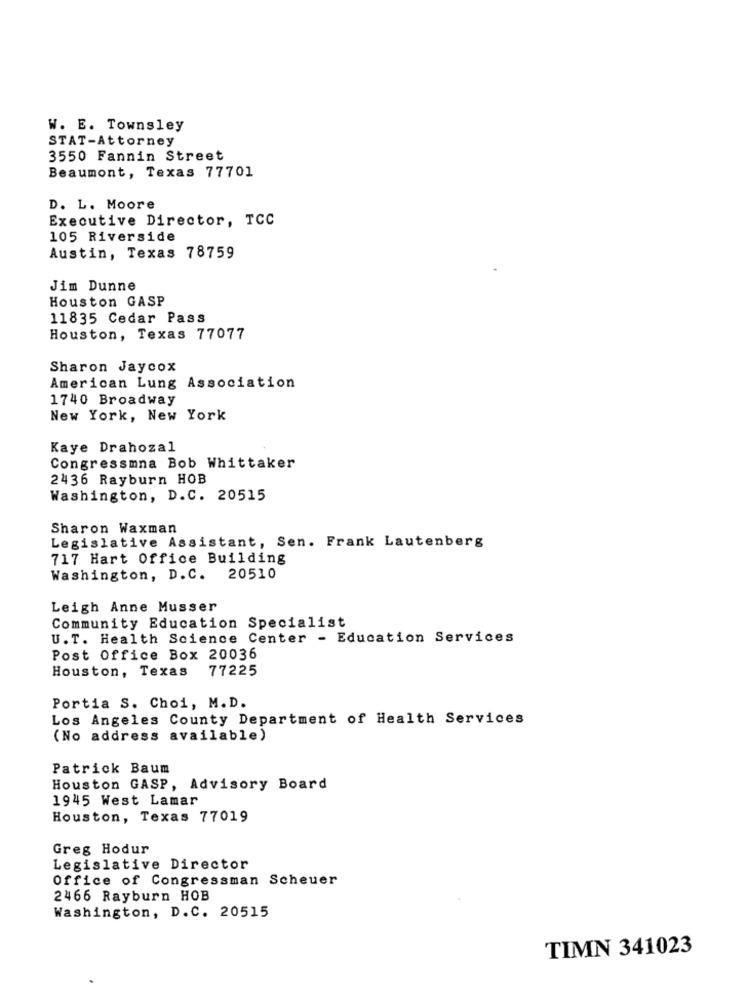
W. E. Townsley
STAT-Attorney
3550 Fannin Street
Beaumont, Texas 77701
D. L. Moore
Executive Director, TCC
105 Riverside
Austin, Texas 78759
Jim Dunne
Houston GASP
11835 Cedar Pass
Houston, Texas 77077
Sharon Jaycox
American Lung Association
1740 Broadway
New York, New York
Kaye Drahozal
Congressmna Bob Whittaker
2436 Rayburn HOB
Washington, D.C. 20515
Sharon Waxman
Legislative Assistant, Sen. Frank Lautenberg
717 Hart Office Building
Washington, D.C. 20510
Leigh Anne Musser
Community Education Specialist
U.T. Health Science Center - Education Services
Post Office Box 20036
Houston, Texas
77225
Portia S. Choi, M.D.
Los Angeles County Department of Health Services
(No address available)
Patrick Baum
Houston GASP, Advisory Board
1945 West Lamar
Houston, Texas 77019
Greg Hodur
Legislative Director
Office of Congressman Scheuer
2466 Rayburn HOB
Washington, D.C. 20515
TIMN 341023